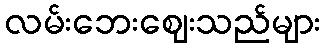
လမ်းဘေးဈေးသည်များ